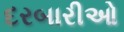
દરબારીઓ